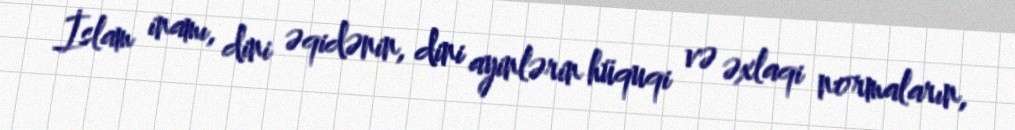
İslam inamı, dini əqidənin, dini ayinlərin hüquqi və əxlaqi normaların,